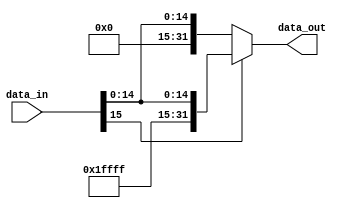
module Sign_extend(data_out, data_in);
input 	[15:0] data_in;
output	[31:0] data_out;

assign  	data_out = (data_in[15])? 	{16'hffff,data_in} :{16'h0000,data_in};

endmodule